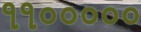
૧૧૦૦૦૦૦